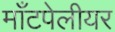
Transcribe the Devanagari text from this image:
माँटपेलीयर